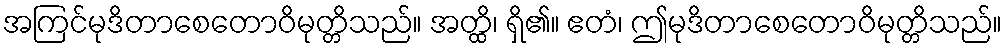
အကြင်မုဒိတာစေတောဝိမုတ္တိသည်။ အတ္ထိ၊ ရှိ၏။ ဧတံ၊ ဤမုဒိတာစေတောဝိမုတ္တိသည်။